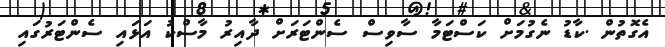
އެގޮތުން .ކާޑު ނެގުމަށް ކަސްޓަމާ ސާވިސް ސެންޓަރަށް ދާއިރު މާސްކު އަޅައި ސެންޓަރުގައި